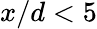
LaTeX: x/d<5